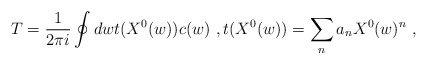
\begin{align*}T=\frac{1}{2\pi i}\oint dw t(X^0(w))c(w) \ ,t(X^0(w))=\sum_n a_n X^0(w)^n \ ,\end{align*}